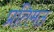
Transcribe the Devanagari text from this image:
प्रतिमठ